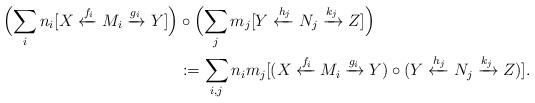
LaTeX: \begin{align*}\Bigl (\sum_i n_i[X \xleftarrow {f_i} M_i \xrightarrow {g_i} Y] \Bigr) & \circ \Bigl (\sum_j m_j[Y \xleftarrow {h_j} N_j \xrightarrow {k_j} Z]\Bigr) \\& :=\sum_{i,j}n_im_j[(X \xleftarrow {f_i} M_i \xrightarrow {g_i} Y) \circ (Y \xleftarrow {h_j} N_j \xrightarrow {k_j} Z)].\end{align*}